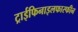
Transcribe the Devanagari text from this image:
ट्राईफिनाइलफास्फीन